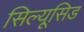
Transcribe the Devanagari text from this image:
सिल्यूसिड